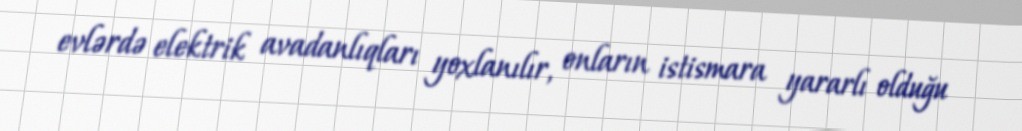
evlərdə elektrik avadanlıqları yoxlanılır, onların istismara yararlı olduğu